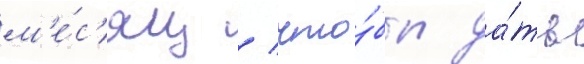
м'е́с'яц / что́бы да́ть